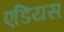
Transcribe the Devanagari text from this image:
एडियस